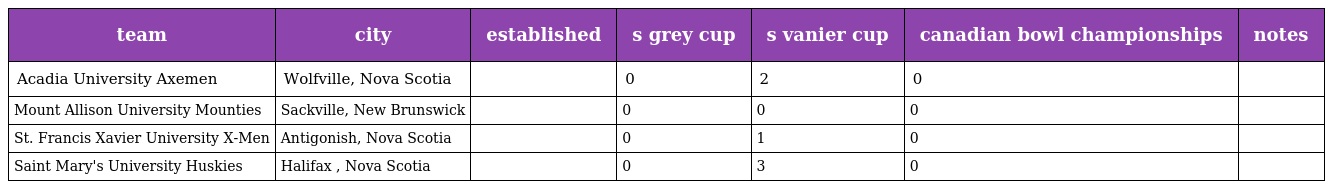
| team | city | established | s grey cup | s vanier cup | canadian bowl championships | notes |
 | --- | --- | --- | --- | --- | --- | --- |
 | Acadia University Axemen | Wolfville, Nova Scotia |  | 0 | 2 | 0 |  |
 | Mount Allison University Mounties | Sackville, New Brunswick |  | 0 | 0 | 0 |  |
 | St. Francis Xavier University X-Men | Antigonish, Nova Scotia |  | 0 | 1 | 0 |  |
 | Saint Mary's University Huskies | Halifax , Nova Scotia |  | 0 | 3 | 0 |  |